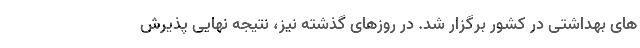
های بهداشتی در کشور برگزار شد. در روزهای گذشته نیز، نتیجه نهایی پذیرش